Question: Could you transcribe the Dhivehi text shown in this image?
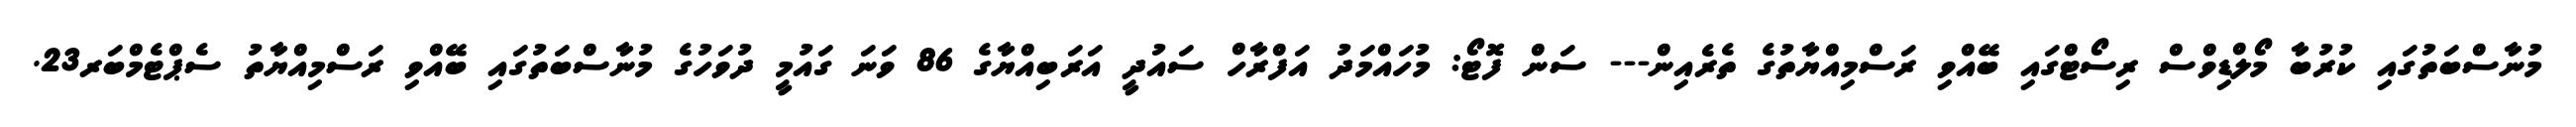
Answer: މުނާސްބަތުގައި ކުރުބާ މޯލްޑިވްސް ރިސޯޓްގައި ބޭއްވި ރަސްމިއްޔާތުގެ ތެރެއިން--- ސަން ފޮޓޯ: މުހައްމަދު އަފްރާހް ސައުދީ އަރަބިއްޔާގެ 86 ވަނަ ގައުމީ ދުވަހުގެ މުނާސްބަތުގައި ބޭއްވި ރަސްމިއްޔާތު ސެޕްޓެމްބަރ23.